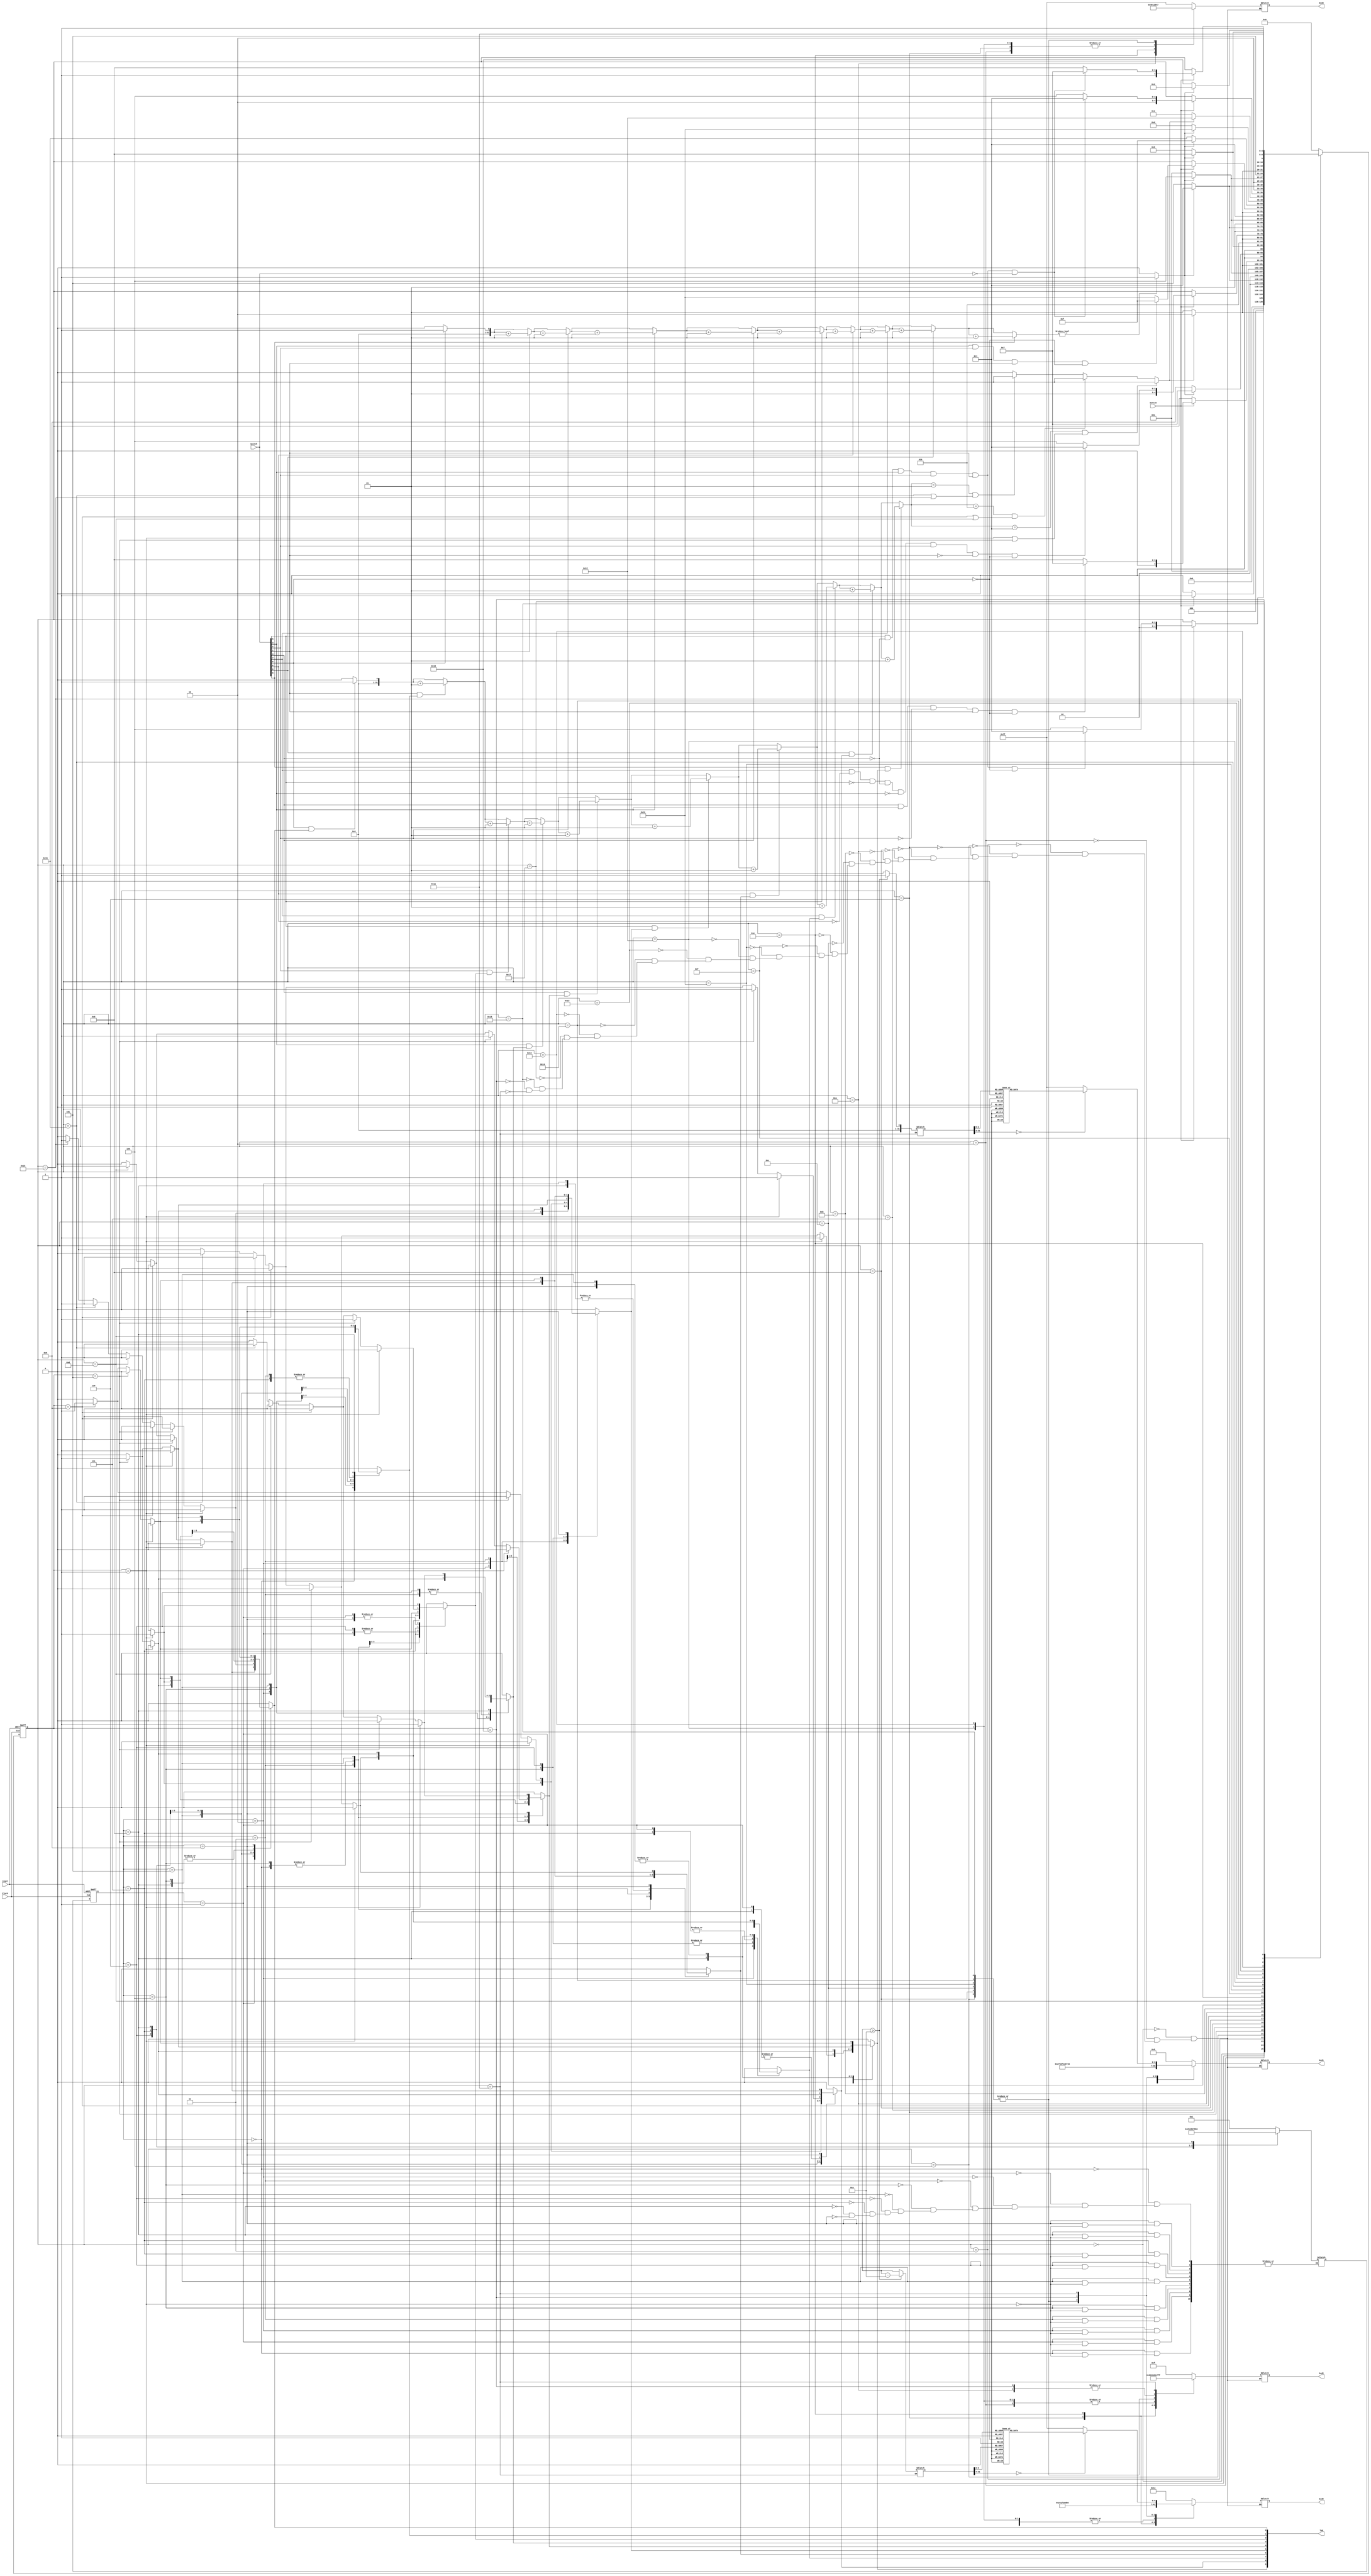
module something(
Clock,
reset,
switch,
bcd0,
bcd1,
bcd2,
bcd3,
led,
button

);


 //-------------Input Ports-----------------------------
  input   Clock,reset,button;
  input [9:0]switch;
  
  //-------------Output Ports----------------------------
  output reg [9:0]led;
  
   output reg [6:0]bcd0;  //-> modulede olsa daha iyi datalar
   output reg [6:0]bcd1;
   output reg [6:0]bcd2; // -> 
   output reg [6:0]bcd3; 
	
	parameter 	state_start 	= 5'b00000;
	parameter	state_LEVEL1	= 5'b00001;
	parameter	state_LEVEL1_Out_Soru = 5'b00010;
	parameter	state_LEVEL1_Out_TruWait = 5'b00011;
	parameter	state_LEVEL1_Out_FalWait = 5'b00100;
	parameter	state_LEVEL2	= 5'b00101;
	parameter	state_LEVEL2_Out_Soru = 5'b00110;
	parameter	state_LEVEL2_Out_TruWait = 5'b00111;
	parameter	state_LEVEL2_Out_FalWait = 5'b01000;
	parameter	state_LEVEL3	= 5'b01001;
	parameter	state_LEVEL3_Out_Soru = 5'b01010;
	parameter	state_LEVEL3_Out_TruWait = 5'b01011;
	parameter	state_LEVEL3_Out_FalWait = 5'b01100;
	parameter	state_LEVEL4	= 5'b01101;
	parameter	state_LEVEL4_Out_Soru = 5'b01110;
	parameter	state_LEVEL4_Out_TruWait = 5'b01111;
	parameter	state_LEVEL4_Out_FalWait = 5'b10000;
	parameter	state_LEVEL5	= 5'b10001;
	parameter	state_LEVEL5_Out_Soru = 5'b10010;
	parameter	state_LEVEL5_Out_TruWait = 5'b10011;
	parameter	state_LEVEL5_Out_FalWait = 5'b10100;
	parameter	state_LEVEL6	= 5'b10101;
	parameter	state_LEVEL6_Out_Soru = 5'b10110;
	parameter	state_LEVEL6_Out_TruWait = 5'b10111;
	parameter	state_LEVEL6_Out_FalWait = 5'b11000;
	parameter	state_FINISH = 5'b11001;
	parameter	state_FINISH2 = 5'b11010;

	// led logic icin parametreler
	
	
	parameter 	state_zero 	= 4'b0000;
	parameter 	state_one 	= 4'b0001;
	parameter 	state_two 	= 4'b0010;
	parameter 	state_three = 4'b0011;
	parameter 	state_four 	= 4'b0100;
	parameter 	state_five 	= 4'b0101;
	parameter 	state_six 	= 4'b0110;
	parameter 	state_seven = 4'b0111;
	parameter 	state_eight = 4'b1000;
	parameter 	state_nine 	= 4'b1001;



	
	
	parameter	DONE	= 2'b10;
	//local variable
	integer levelNumber; //first two of BCD 7 seg   *DECPRTD* level 6 110
	integer points; // latter two of BCD 7 seg 4 bit 1234567910 2 uzer 7
	integer tens;
	integer ones;
	reg [25:0] count;
	wire pulse; //fastest aslinda
	wire pulsefast; 
	wire pulsemid; // middle aslinda
	wire pulselow;
	assign pulse = count[25]; // NEED TO DRIVE PULSE  burasi high olunca ucucak yani 
	assign pulselow = pulse;
	assign pulsemid = count[24];
	assign pulsefast = count[23];
	reg out;
	reg waitSig;
	reg [4:0] state;
	reg [4:0] next_state; //bununs ebebine bak

	reg[3:0] currentstatelevel1;
	reg[3:0] currentstatelevel2;
	reg[3:0] currentstatelevel3;
	reg[3:0] currentstatelevel4;
	reg[3:0] currentstatelevel5;
	reg[3:0] currentstatelevel6;
	
	reg[3:0] nexstatelevel1;
	reg[3:0] nexstatelevel2;
	reg[3:0] nexstatelevel3;
	reg[3:0] nexstatelevel4;
	reg[3:0] nexstatelevel5;
	reg[3:0] nexstatelevel6;

//----------Seq Logic-----------------------------
// always gets next state in posedge clock
//though if NEXT __ STT not changed it may stay in same
//if reset baslangic state git isikli olan
  always @ (posedge Clock , posedge reset)
  begin	// : NEXT_STATELOGIC
    if (reset == 1'b1) begin
      state <=    state_start; // burda ve altta #1 vardi
		currentstatelevel1 <= state_zero;
		currentstatelevel2 <= state_zero;
		currentstatelevel3 <= state_zero;
		currentstatelevel4 <= state_zero;
		currentstatelevel5 <= state_zero;
		currentstatelevel6 <= state_zero;


    end
	 else begin
      state <=    next_state;
		currentstatelevel1 <= nexstatelevel1;
		currentstatelevel2 <= nexstatelevel2;
		currentstatelevel3 <= nexstatelevel3;
		currentstatelevel4 <= nexstatelevel4;
		currentstatelevel5 <= nexstatelevel5;
		currentstatelevel6 <= nexstatelevel6;


    end
  end
  // COUNTER  IMPLEMENTATION
  // burda pulse input olarak alinmalimi acaba?
  
  always @ (posedge Clock, posedge reset) begin
    if (reset) count <= 26'b0;
	 else if (pulse) count <= 26'b0; 
	 else count <= count + 26'b1; 
  end
				  
				  
  
  // level statelerini degistirmek
always@(*) begin 	//: LEVEL_STATES
	  next_state <= state_start;
  case(state)
	 state_start : begin
	 //clock falan set edilcek
	 bcd0 <= 7'b0011100; // u harf TEMP
    bcd1 <= 7'b0000101; // r harf TEMP
	 bcd2 <= 7'b0001111; // t harf TEMP
    bcd3 <= 7'b1111111; // blank  TEMP
	 if(button) begin
	 next_state <= state_LEVEL1;
	 end
	 end
    state_LEVEL1 : begin
        if (out) begin  next_state <= state_LEVEL1_Out_Soru; end //out = 0; end
        else begin next_state <= state_LEVEL1; end//out = 0; end// its same level 
    end
	 state_LEVEL1_Out_Soru: begin 
	 // 12+34  = 1 2 3 4  =  46
	 next_state <= state; // bu sayede out 0 olunca tekrar clockta oraya buraya gitmesin
	 bcd0 <= 7'b1001111;
    bcd1 <= 7'b0110000;
	 bcd2 <= 7'b0000110;
    bcd3 <= 7'b1001100;
	 if(button) begin
	  if(switch[5] && !switch[4] && switch[3] && switch[2] && switch[1] && !switch[0])begin
			//true
			next_state <= state_LEVEL1_Out_TruWait;
			end
			
		else begin
		 //false
			next_state <= state_LEVEL1_Out_FalWait;
		 end
		 
		 end
		 end
	state_LEVEL1_Out_TruWait:begin 
	 bcd0 <= 7'b0011100; // u harf
    bcd1 <= 7'b0000101; // r harf
	 bcd2 <= 7'b0001111; // t harf
    bcd3 <= 7'b1111111; // blank
	 if(waitSig) begin 
		next_state <= state_LEVEL1_Out_TruWait; end
	 else begin 
		next_state <= state_LEVEL2;
	// show tru on bcd , go next level state
	// Wait for all switches turn 0 again.
	end
	end
	state_LEVEL1_Out_FalWait:begin 
	 bcd0 <= 7'b1011011; // S harf
    bcd1 <= 7'b0001110	; // L harf
	 bcd2 <= 7'b1110111; // A harf
    bcd3 <= 7'b1000111; // F
	 
	  if(waitSig) begin 
		next_state <= state_LEVEL1_Out_FalWait; end
	 else begin 
		next_state <= state_LEVEL1;
	// show fal on bcd go back level state
	// Wait for all switches turn 0 again.
	end
    end
    state_LEVEL2 : begin
        if (out) begin  next_state <= state_LEVEL2_Out_Soru;end //out = 0; end
        else begin next_state <= state_LEVEL2; end // out = 0; end// its same level 
    end
	 state_LEVEL2_Out_Soru: begin 
	 // 42-15  = 4 2 1 5   =  27
	 next_state <= state; // bu sayede out 0 olunca tekrar clockta oraya buraya gitmesin
	 bcd0 <= 7'b0100100;
    bcd1 <= 7'b1001111;
	 bcd2 <= 7'b0010010;
    bcd3 <= 7'b1001100;
	 if(button) begin
	  if(switch[4] && switch[3] && !switch[2] && switch[1] && !switch[0])begin
			//true
			next_state <= state_LEVEL2_Out_TruWait;
			end
		else begin
		 //false
			next_state <= state_LEVEL2_Out_FalWait;
		 end
		 
		 end
		 end
	state_LEVEL2_Out_TruWait:begin 
	 bcd0 <= 7'b0011100; // u harf
    bcd1 <= 7'b0000101; // r harf
	 bcd2 <= 7'b0001111; // t harf
    bcd3 <= 7'b1111111; // blank
	 if(waitSig) begin 
		next_state <= state_LEVEL2_Out_TruWait; end
	 else begin 
		next_state <= state_LEVEL3;
	// show tru on bcd , go next level state
	// Wait for all switches turn 0 again.
	end
	end
	state_LEVEL2_Out_FalWait:begin 
	 bcd0 <= 7'b1011011; // S harf
    bcd1 <= 7'b0001110	; // L harf
	 bcd2 <= 7'b1110111; // A harf
    bcd3 <= 7'b1000111; // F
	 
	  if(waitSig) begin 
		next_state <= state_LEVEL2_Out_FalWait; end
	 else begin 
		next_state <= state_LEVEL2;
	// show fal on bcd go back level state
	// Wait for all switches turn 0 again.
	end
    end
    state_LEVEL3 : begin
        if (out) begin  next_state <= state_LEVEL3_Out_Soru;end //out = 0; end
        else begin next_state <= state_LEVEL3; end //out = 0; end// its same level 
    end
	 state_LEVEL3_Out_Soru: begin 
	 // 12*11  = 1 2 1 1  =  132
	 next_state <= state; // bu sayede out 0 olunca tekrar clockta oraya buraya gitmesin
	 bcd0 <= 7'b1001111;
    bcd1 <= 7'b0010010;
	 bcd2 <= 7'b1001111;
    bcd3 <= 7'b1001111;
	 if(button) begin
	  if(switch[7] && !switch[6] && !switch[5] && !switch[4] && !switch[3] && switch[2] && !switch[1] && !switch[0])begin
			//true
			next_state <= state_LEVEL3_Out_TruWait;
			end
		else begin
		 //false
			next_state <= state_LEVEL3_Out_FalWait;
		 end
		 
		 end
		 end
	state_LEVEL3_Out_TruWait:begin 
	 bcd0 <= 7'b0011100; // u harf
    bcd1 <= 7'b0000101; // r harf
	 bcd2 <= 7'b0001111; // t harf
    bcd3 <= 7'b1111111; // blank
	 if(waitSig) begin 
		next_state <= state_LEVEL3_Out_TruWait; end
	 else begin 
		next_state <= state_LEVEL4;
	// show tru on bcd , go next level state
	// Wait for all switches turn 0 again.
	end
	end
	state_LEVEL3_Out_FalWait:begin 
	 bcd0 <= 7'b1011011; // S harf
    bcd1 <= 7'b0001110	; // L harf
	 bcd2 <= 7'b1110111; // A harf
    bcd3 <= 7'b1000111; // F
	 
	  if(waitSig) begin 
		next_state <= state_LEVEL3_Out_FalWait; end
	 else begin 
		next_state <= state_LEVEL3;
	// show fal on bcd go back level state
	// Wait for all switches turn 0 again.
	end
    end
    state_LEVEL4 : begin
        if (out) begin  next_state <= state_LEVEL4_Out_Soru; end// out = 0; end
        else begin next_state <= state_LEVEL4; end// out = 0; end// its same level 
    end
	 state_LEVEL4_Out_Soru: begin 
	 // 98 0 7  = 9 8 ' 7   =  14
	 next_state <= state; // bu sayede out 0 olunca tekrar clockta oraya buraya gitmesin
	 bcd0 <= 7'b0001111;
    bcd1 <= 7'b1111111;
	 bcd2 <= 7'b0000000;
    bcd3 <= 7'b0000100;
	 if(button) begin
	  if(switch[3] && switch[2] && switch[1] && !switch[0])begin
			//true
			next_state <= state_LEVEL4_Out_TruWait;
			end
		else begin
		 //false
			next_state <= state_LEVEL4_Out_FalWait;
		 end
		 
		 end
		 end
	state_LEVEL4_Out_TruWait:begin 
	 bcd0 <= 7'b0011100; // u harf
    bcd1 <= 7'b0000101; // r harf
	 bcd2 <= 7'b0001111; // t harf
    bcd3 <= 7'b1111111; // blank
	 if(waitSig) begin 
		next_state <= state_LEVEL4_Out_TruWait; end
	 else begin 
		next_state <= state_LEVEL5;
	// show tru on bcd , go next level state
	// Wait for all switches turn 0 again.
	end
	end
	state_LEVEL4_Out_FalWait:begin 
	 bcd0 <= 7'b1011011; // S harf
    bcd1 <= 7'b0001110	; // L harf
	 bcd2 <= 7'b1110111; // A harf
    bcd3 <= 7'b1000111; // F
	 
	  if(waitSig) begin 
		next_state <= state_LEVEL4_Out_FalWait; end
	 else begin 
		next_state <= state_LEVEL4;
	// show fal on bcd go back level state
	// Wait for all switches turn 0 again.
	end
    end
    state_LEVEL5 : begin
        if (out) begin  next_state <= state_LEVEL5_Out_Soru; end// out = 0; end
        else begin next_state <= state_LEVEL1; end //out = 0; end// its same level 
    end
	 state_LEVEL5_Out_Soru: begin 
	 // 12+34  = 1 2 3 4  =  46
	 next_state <= state; // bu sayede out 0 olunca tekrar clockta oraya buraya gitmesin
	 bcd0 <= 7'b1001111;
    bcd1 <= 7'b0110000;
	 bcd2 <= 7'b0000110;
    bcd3 <= 7'b1001100;
	 if(button) begin
	  if(switch[5] && !switch[4] && switch[3] && switch[2] && switch[1] && !switch)begin
			//true
			next_state <= state_LEVEL5_Out_TruWait;
			end
		else begin
		 //false
			next_state <= state_LEVEL5_Out_FalWait;
		 end
		 
		 end
		 end
	state_LEVEL5_Out_TruWait:begin 
	 bcd0 <= 7'b0011100; // u harf
    bcd1 <= 7'b0000101; // r harf
	 bcd2 <= 7'b0001111; // t harf
    bcd3 <= 7'b1111111; // blank
	 if(waitSig) begin 
		next_state <= state_LEVEL5_Out_TruWait; end
	 else begin 
		next_state <= state_LEVEL6;
	// show tru on bcd , go next level state
	// Wait for all switches turn 0 again.
	end
	end
	state_LEVEL5_Out_FalWait:begin 
	 bcd0 <= 7'b1011011; // S harf
    bcd1 <= 7'b0001110	; // L harf
	 bcd2 <= 7'b1110111; // A harf
    bcd3 <= 7'b1000111; // F
	 
	  if(waitSig) begin 
		next_state <= state_LEVEL5_Out_FalWait; end
	 else begin 
		next_state <= state_LEVEL5;
	// show fal on bcd go back level state
	// Wait for all switches turn 0 again.
	end
    end
    state_LEVEL6 : begin
        if (out) begin next_state <= state_LEVEL6_Out_Soru;end //out = 0; end
        else begin next_state <= state_LEVEL6; end // out = 0; end// its same level 
    end
	 state_LEVEL6_Out_Soru: begin 
	 // 12+34  = 1 2 3 4  =  46
	 next_state <= state; // bu sayede out 0 olunca tekrar clockta oraya buraya gitmesin
	 bcd0 <= 7'b1001111;
    bcd1 <= 7'b0110000;
	 bcd2 <= 7'b0000110;
    bcd3 <= 7'b1001100;
	 if(button) begin
	  if(switch[5] && !switch[4] && switch[3] && switch[2] && switch[1] && !switch)begin
			//true
			next_state <= state_LEVEL6_Out_TruWait;
			end
		else begin
		 //false
			next_state <= state_LEVEL6_Out_FalWait;
		 end
		 
		 end
		 end
	state_LEVEL6_Out_TruWait:begin 
	 bcd0 <= 7'b0011100; // u harf
    bcd1 <= 7'b0000101; // r harf
	 bcd2 <= 7'b0001111; // t harf
    bcd3 <= 7'b1111111; // blank
	 if(waitSig) begin 
		next_state <= state_LEVEL1_Out_TruWait; end
	 else begin 
		next_state <= state_FINISH;
	// show tru on bcd , go next level state
	// Wait for all switches turn 0 again.
	end
	end
	state_LEVEL6_Out_FalWait:begin 
	 bcd0 <= 7'b1011011; // S harf
    bcd1 <= 7'b0001110	; // L harf
	 bcd2 <= 7'b1110111; // A harf
    bcd3 <= 7'b1000111; // F
	 
	  if(waitSig) begin 
		next_state <= state_LEVEL6_Out_FalWait; end
	 else begin 
		next_state <= state_LEVEL6;
	// show fal on bcd go back level state
	// Wait for all switches turn 0 again.
	end
    end
	 state_FINISH: begin
	 //clock rate slowRate
	 bcd0 <= 7'b0111101; // d harf
    bcd1 <= 7'b0010101	; // n harf
	 bcd2 <= 7'b1001111; // E harf
    bcd3 <= 7'b1111111; // 
	 next_state  <= state_FINISH2;
	 end
	 state_FINISH2 : begin
	 // pointsleri BCD goster
	 next_state <= state_start;
	 bcd3 <= 7'b1111111;
	 bcd2 <= 7'b1111111; // 
	 
	 if (points >= 10) begin
    tens <= 1;
    ones <= points - 10;
	 end else begin
	 tens <= 0;
	 ones <= points; 
	 end
	 case (tens) //case statement
            0 : bcd1 = 7'b0000001;
            1 : bcd1 = 7'b1001111;
            2 : bcd1 = 7'b0010010;
            3 : bcd1 = 7'b0000110;
            4 : bcd1 = 7'b1001100;
            5 : bcd1 = 7'b0100100;
            6 : bcd1 = 7'b0100000;
            7 : bcd1 = 7'b0001111;
            8 : bcd1 <= 7'b0000000;
            9 : bcd1 <= 7'b0000100;
            //switch off 7 segment character when the bcd digit is not a decimal number.
            default : bcd1 <= 7'b1111111; 
        endcase
		  case (ones) //case statement
            0 : bcd0 = 7'b0000001;
            1 : bcd0 = 7'b1001111;
            2 : bcd0 = 7'b0010010;
            3 : bcd0 = 7'b0000110;
            4 : bcd0 = 7'b1001100;
            5 : bcd0 = 7'b0100100;
            6 : bcd0 = 7'b0100000;
            7 : bcd0 = 7'b0001111;
            8 : bcd0 = 7'b0000000;
            9 : bcd0 = 7'b0000100;
            //switch off 7 segment character when the bcd digit is not a decimal number.
            default : bcd0 <= 7'b1111111; 
        endcase
	 
	 // binary to DEC  then to sayi
	
	 
	 end

		endcase
		end
		
	 
	 // oyun bitti burdan idle state don



// TUM SWITCHLER offsa  sinyal verir
always@(*) begin : SWITCH_OFF
integer j;
integer sayim ;

	sayim = 0;

for( j = 0 ; j < 10 ; j=j+1)begin
	if(switch[j])begin
		sayim = sayim+1; end
	end
	if(sayim != 0) begin
		waitSig <= 1; end // waitlesin
	else begin
		waitSig <= 0; end // beklemesin
 end 
  // Switchlerin degismesi 
  
  // buna gore out sinyalleri geliyor
always@(*) begin  : SWITCH_CONTROL
		integer i;
	integer sayi ;
	sayi = 0;
for( i = 0 ; i < 10 ; i=i+1)begin
    if( switch[i] && led[i]) begin
				sayi  = sayi + 1;
            //out = true olsun ki state seyi degissin outa gore degisen leveller olcak LEVEL1 ise LEVEL1_OUT'a gelicek -> burdan geridonerse seyleri 0'lamak lazim.
            //point = gecen zaman ekle . min puan kazanir 
		end
	end
	if(sayi == 3 && (state == state_LEVEL1 || state == state_LEVEL2))begin	
			out  <= 1 ;
	end
	else if(sayi == 2 && (state == state_LEVEL3 || state == state_LEVEL4))begin	
			out  <= 1 ;
	end
	else if(sayi == 1 && (state == state_LEVEL5 || state == state_LEVEL6))begin	
			out  <= 1 ;
	end
	else begin
	out  <= 0;
	end
	
end
  

  
  // LED loop logic
  //level1 1,3,5 starting all right  low hz
  //level2 2,6,9  r l l low hz
  // level3 4,8 l l sola mid hz
  //level 4  9,5 1 sag 1 sol
  
  integer sifir;
  always @(pulselow) begin : LED_LOGICLOW

  case(currentstatelevel1)
  state_zero: begin
				for(sifir = 0;sifir<10;sifir=sifir+1)
					led[sifir] = 0;
				if(state == state_LEVEL1)begin	
				led[1] <= 1;
            led[5] <= 1;
            led[3] <= 1;
				nexstatelevel1 = state_one;
				end
				 else if(state == state_LEVEL2) begin
				led[2] <= 1;
            led[6] <= 1;
            led[9] <= 1;
				nexstatelevel2 = state_one;

				end
				else if(state == state_LEVEL3) begin
				led[4] <= 1;
            led[8] <= 1;
          
				nexstatelevel3 = state_one;

				end
				else if(state == state_LEVEL4) begin
				led[9] <= 1;
            led[5] <= 1;
          
				nexstatelevel4 = state_one;

				end
				else if(state == state_LEVEL5) begin
            led[5] <= 1;
				nexstatelevel5 = state_one;

				end
				else if(state == state_LEVEL6) begin
            led[5] <= 1;
				nexstatelevel6 = state_one;

				end
				
  end
  state_one: begin
				for(sifir = 0;sifir<10;sifir=sifir+1)
					led[sifir] = 0;
				if(state == state_LEVEL1)begin	
				led[2] <= 1;
            led[6] <= 1;
            led[4] <= 1;
				nexstatelevel1 = state_two;

				end	 else if(state == state_LEVEL2) begin
				led[3] <= 1;
            led[5] <= 1;
            led[8] <= 1;
				nexstatelevel2 = state_two;

				end
				 else if(state == state_LEVEL3) begin
				led[3] <= 1;
            led[7] <= 1;
				nexstatelevel3 = state_two;

				end
				else if(state == state_LEVEL4) begin
				led[0] <= 1;
            led[4] <= 1;
          
				nexstatelevel4 = state_two;

				end
				
					else if(state == state_LEVEL5) begin
            led[6] <= 1;
				nexstatelevel5 = state_two;

				end
				else if(state == state_LEVEL6) begin
            led[4] <= 1;
				nexstatelevel5 = state_two;

				end
				
  end
  state_two: begin
				for(sifir = 0;sifir<10;sifir=sifir+1)
					led[sifir] = 0;
				if(state == state_LEVEL1)begin	
				led[3] <= 1;
            led[7] <= 1;
            led[5] <= 1;
								nexstatelevel1 = state_three;

				end
						 else if(state == state_LEVEL2) begin
				led[4] <= 1;
            led[4] <= 1;
            led[7] <= 1;
				nexstatelevel2 = state_three;
				end
				 else if(state == state_LEVEL3) begin
				led[2] <= 1;
            led[6] <= 1;
				nexstatelevel3 = state_three;

				end
				else if(state == state_LEVEL4) begin
				led[1] <= 1;
            led[3] <= 1;
          
				nexstatelevel4 = state_three;

				end
				
					else if(state == state_LEVEL5) begin
            led[7] <= 1;
				nexstatelevel5 = state_three;

				end
					else if(state == state_LEVEL6) begin
            led[3] <= 1;
				nexstatelevel6 = state_two;

				end
				
  end
  state_three: begin
				for(sifir = 0;sifir<10;sifir=sifir+1)
					led[sifir] = 0;
				if(state == state_LEVEL1)begin	
				led[4] <= 1;
            led[8] <= 1;
            led[6] <= 1;
				nexstatelevel1 = state_four;
				end
						 else if(state == state_LEVEL2)begin
				led[5] <= 1;
            led[3] <= 1;
            led[6] <= 1;
				nexstatelevel2 = state_four;
				end
				 else if(state == state_LEVEL3) begin
				led[1] <= 1;
            led[5] <= 1;
				nexstatelevel3 = state_four;

				end
				else if(state == state_LEVEL4) begin
				led[2] <= 1;
            led[2] <= 1;
          
				nexstatelevel4 = state_four;

				end
					else if(state == state_LEVEL5) begin
            led[8] <= 1;
				nexstatelevel5 = state_four;

				end
					else if(state == state_LEVEL6) begin
            led[2] <= 1;
				nexstatelevel6 = state_three;

				end
				
  end
  state_four: begin
				for(sifir = 0;sifir<10;sifir=sifir+1)
					led[sifir] = 0;
				if(state == state_LEVEL1)begin	
				led[5] <= 1;
            led[9] <= 1;
            led[7] <= 1;
				nexstatelevel1 = state_five;

				end
				 else if(state == state_LEVEL2) begin
				led[6] <= 1;
            led[2] <= 1;
            led[5] <= 1;
				nexstatelevel2 = state_five;

				end
				 else if(state == state_LEVEL3) begin
				led[0] <= 1;
            led[4] <= 1;
				nexstatelevel3 = state_five;

				end
				else if(state == state_LEVEL4) begin
				led[3] <= 1;
            led[1] <= 1;
          
				nexstatelevel4 = state_five;

				end
					else if(state == state_LEVEL5) begin
            led[9] <= 1;
				nexstatelevel5 = state_five;

				end
					else if(state == state_LEVEL6) begin
            led[1] <= 1;
				nexstatelevel6 = state_five;

				end
				
  end
  state_five: begin
				for(sifir = 0;sifir<10;sifir=sifir+1)
					led[sifir] = 0;
				if(state == state_LEVEL1)begin	
				led[6] <= 1;
            led[0] <= 1;
            led[8] <= 1;
				nexstatelevel1 = state_six;

				
				end
				 else if(state == state_LEVEL2) begin
				led[7] <= 1;
            led[1] <= 1;
            led[4] <= 1;
				nexstatelevel2 = state_six;

				end
				 else if(state == state_LEVEL3) begin
				led[9] <= 1;
            led[3] <= 1;
				nexstatelevel3 = state_six;

				end
				else if(state == state_LEVEL4) begin
				led[4] <= 1;
            led[0] <= 1;
          
				nexstatelevel4 = state_six;

				end
					else if(state == state_LEVEL5) begin
            led[0] <= 1;
				nexstatelevel5 = state_six;

				end
					else if(state == state_LEVEL6) begin
            led[0] <= 1;
				nexstatelevel6 = state_six;

				end
				
  end
  state_six: begin
				for(sifir = 0;sifir<10;sifir=sifir+1)
					led[sifir] = 0;
				if(state == state_LEVEL1)begin	
				led[7] <= 1;
            led[1] <= 1;
            led[9] <= 1;
				nexstatelevel1 = state_seven;

				end
				 else if(state == state_LEVEL2) begin
				led[8] <= 1;
            led[0] <= 1;
            led[3] <= 1;
				nexstatelevel2 = state_seven;

				end
				 else if(state == state_LEVEL3) begin
				led[8] <= 1;
            led[2] <= 1;
				nexstatelevel3 = state_seven;

				end
				else if(state == state_LEVEL4) begin
				led[5] <= 1;
            led[9] <= 1;
          
				nexstatelevel4 = state_seven;

				end
				else if(state == state_LEVEL5) begin
            led[1] <= 1;
				nexstatelevel5 = state_seven;

				end
					else if(state == state_LEVEL6) begin
            led[9] <= 1;
				nexstatelevel6 = state_seven;

				end
  end
  state_seven: begin
				for(sifir = 0;sifir<10;sifir=sifir+1)
					led[sifir] = 0;
				if(state == state_LEVEL1)begin	
				led[8] <= 1;
            led[2] <= 1;
            led[0] <= 1;
				nexstatelevel1 = state_eight;

				end
				 else if(state == state_LEVEL2) begin
				led[8] <= 1;
            led[9] <= 1;
            led[2] <= 1;
				nexstatelevel2 = state_eight;

				end
				 else if(state == state_LEVEL3) begin
				led[7] <= 1;
            led[1] <= 1;
				nexstatelevel3 = state_eight;

				end
				else if(state == state_LEVEL4) begin
				led[6] <= 1;
            led[8] <= 1;
          
				nexstatelevel4 = state_eight;

				end
				else if(state == state_LEVEL5) begin
            led[2] <= 1;
				nexstatelevel5 = state_eight;

				end
					else if(state == state_LEVEL6) begin
            led[8] <= 1;
				nexstatelevel6 = state_eight;

				end
  end
  state_eight: begin
  for(sifir = 0;sifir<10;sifir=sifir+1)
					led[sifir] = 0;
				if(state == state_LEVEL1)begin	
				led[9] <= 1;
            led[3] <= 1;
            led[1] <= 1;
				nexstatelevel1 = state_nine;
				end
				 else if(state == state_LEVEL2) begin
				led[9] <= 1;
            led[8] <= 1;
            led[1] <= 1;
				nexstatelevel2 = state_nine;

				end
				 else if(state == state_LEVEL3) begin
				led[6] <= 1;
            led[0] <= 1;
				nexstatelevel3 = state_nine;

				end
				else if(state == state_LEVEL4) begin
				led[7] <= 1;
            led[7] <= 1;
          
				nexstatelevel4 = state_nine;

				end
				else if(state == state_LEVEL5) begin
            led[3] <= 1;
				nexstatelevel5 = state_nine;

				end
					else if(state == state_LEVEL6) begin
            led[7] <= 1;
				nexstatelevel6 = state_nine;

				end
  end
  state_nine: begin
  for(sifir = 0;sifir<10;sifir=sifir+1)
					led[sifir] = 0;
				if(state == state_LEVEL1)begin	
				led[0] <= 1;
            led[4] <= 1;
            led[2] <= 1;
				nexstatelevel1 = state_zero;
				end
				 else if(state == state_LEVEL2) begin
				led[0] <= 1;
            led[7] <= 1;
            led[0] <= 1;
				nexstatelevel2 = state_zero;

				end
				 else if(state == state_LEVEL3) begin
				led[5] <= 1;
            led[9] <= 1;
				nexstatelevel3 = state_zero;

				end
				else if(state == state_LEVEL4) begin
				led[8] <= 1;
            led[6] <= 1;
          
				nexstatelevel4 = state_zero;

				end
				else if(state == state_LEVEL5) begin
            led[4] <= 1;
				nexstatelevel5 = state_zero;

				end
					else if(state == state_LEVEL6) begin
            led[6] <= 1;
				nexstatelevel6 = state_zero;

				end
  end
  default: begin
        for(sifir = 0;sifir<10;sifir=sifir+1)
				led[sifir] = 0;
				end

  endcase
  end
  endmodule